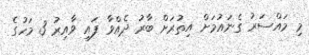
މި މައްސަރު ގެނައުމަށް އިތުރަށް ބާރު ދެއްވާ ފައި ވާއިރު 3 މަހުގެ